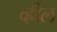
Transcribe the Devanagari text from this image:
व्ह्रील